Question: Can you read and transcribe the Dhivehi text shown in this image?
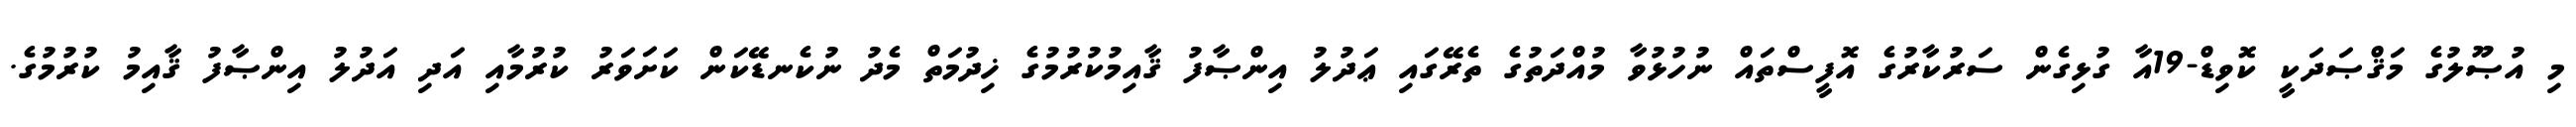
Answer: މި އުޞޫލުގެ މަޤްޞަދަކީ ކޮވިޑް-19އާ ގުޅިގެން ސަރުކާރުގެ އޮފީސްތައް ނުހުޅުވާ މުއްދަތުގެ ތެރޭގައި ޢަދުލު އިންޞާފު ޤާއިމުކުރުމުގެ ޚިދުމަތް މެދު ނުކެނޑޭކަން ކަށަވަރު ކުރުމާއި އަދި އަދުލު އިންޞާފު ޤާއިމު ކުރުމުގެ.